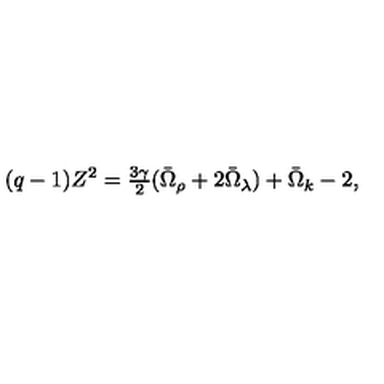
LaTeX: ( q - 1 ) Z ^ { 2 } = \textstyle { \frac { 3 \gamma } { 2 } } ( \bar { \Omega } _ { \rho } + 2 \bar { \Omega } _ { \lambda } ) + \bar { \Omega } _ { k } - 2 ,